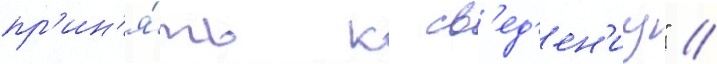
пр'ин'я́ть к св'ед'ен'иу" //